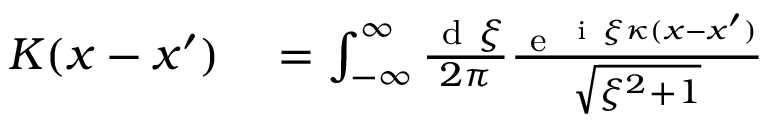
\begin{array} { r l } { K ( x - x ^ { \prime } ) } & { { } = \int _ { - \infty } ^ { \infty } \frac { \mathrm { ~ d ~ } \xi } { 2 \pi } \frac { \mathrm { ~ e ~ } ^ { \mathrm { ~ i ~ } \xi \kappa ( x - x ^ { \prime } ) } } { \sqrt { \xi ^ { 2 } + 1 } } } \end{array}